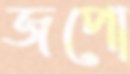
জপো